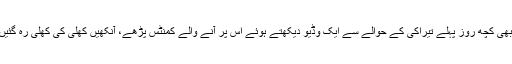
ابھی کچھ روز پہلے تیراکی کے حوالے سے ایک وڈیو دیکھتے ہوئے اس پر آنے والے کمنٹس پڑھے، آنکھیں کھلی کی کھلی رہ گئیں۔